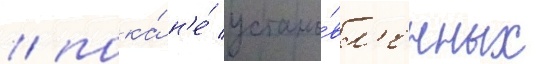
/ пока́ н'е́ устано́вл'енных